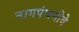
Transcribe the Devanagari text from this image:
नागपंचमीवे